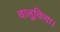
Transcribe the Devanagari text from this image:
चालूकिया।